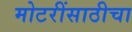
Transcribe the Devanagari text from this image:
मोटरींसाठीचा